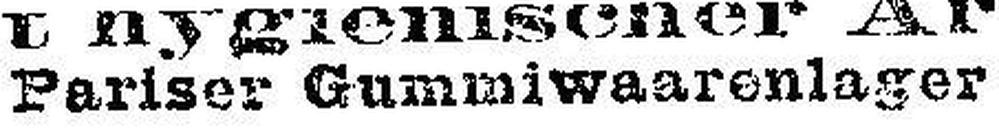
Pariser Gummiwaarenlager